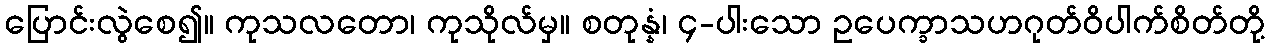
ပြောင်းလွဲစေ၍။ ကုသလတော၊ ကုသိုလ်မှ။ စတုန္နံ၊ ၄-ပါးသော ဥပေက္ခာသဟဂုတ်ဝိပါက်စိတ်တို့